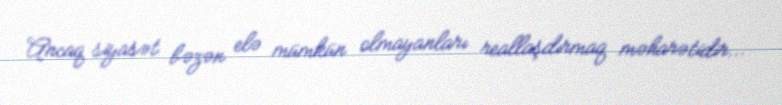
Ancaq siyasət bəzən elə mümkün olmayanları reallaşdırmaq məharətidir...